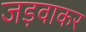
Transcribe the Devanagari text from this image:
जड़वाकर